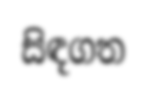
සිඳගත